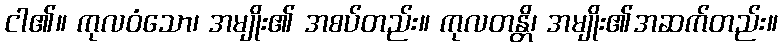
ငါ၏။ ကုလဝံသော၊ အမျိုး၏ အစပ်တည်း။ ကုလတန္တိ၊ အမျိုး၏အဆက်တည်း။